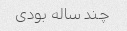
چند ساله بودی